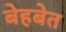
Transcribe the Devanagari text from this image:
बेहबेत